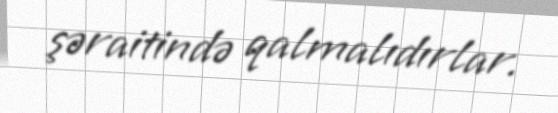
şəraitində qalmalıdırlar.